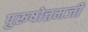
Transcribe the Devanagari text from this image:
पुरूषोत्तमजी